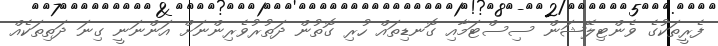
ފެރީތަކުގެ ވެންޓިލޭޝަން ސިސްޓަމާއި ގޮނޑިތައް ހުރި ގޮތުން ދަތުރުވެރިންނަށް އަންނަނީ ގިނަ ދަތިތަކެއް